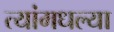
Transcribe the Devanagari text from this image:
त्यांमधल्या